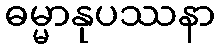
ဓမ္မာနုပဿနာ